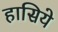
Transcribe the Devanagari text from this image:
हासिये